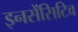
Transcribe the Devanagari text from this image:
इनसेंसिटिव